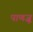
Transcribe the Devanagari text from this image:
पाणजू